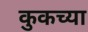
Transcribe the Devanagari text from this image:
कुकच्या